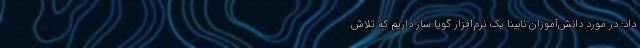
داد: در مورد دانش‌آموزان نابینا یک نرم‌افزار گویا ساز داریم که تلاش